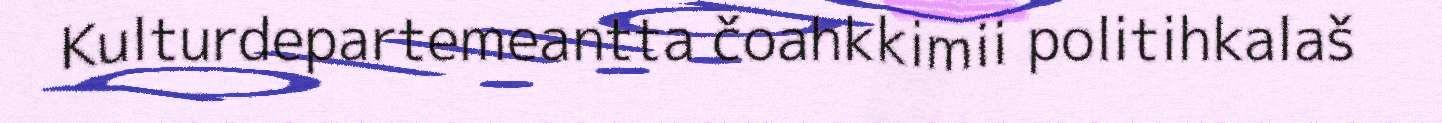
Kulturdepartemeantta čoahkkimii politihkalaš